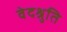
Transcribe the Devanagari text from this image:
वेदश्रुति